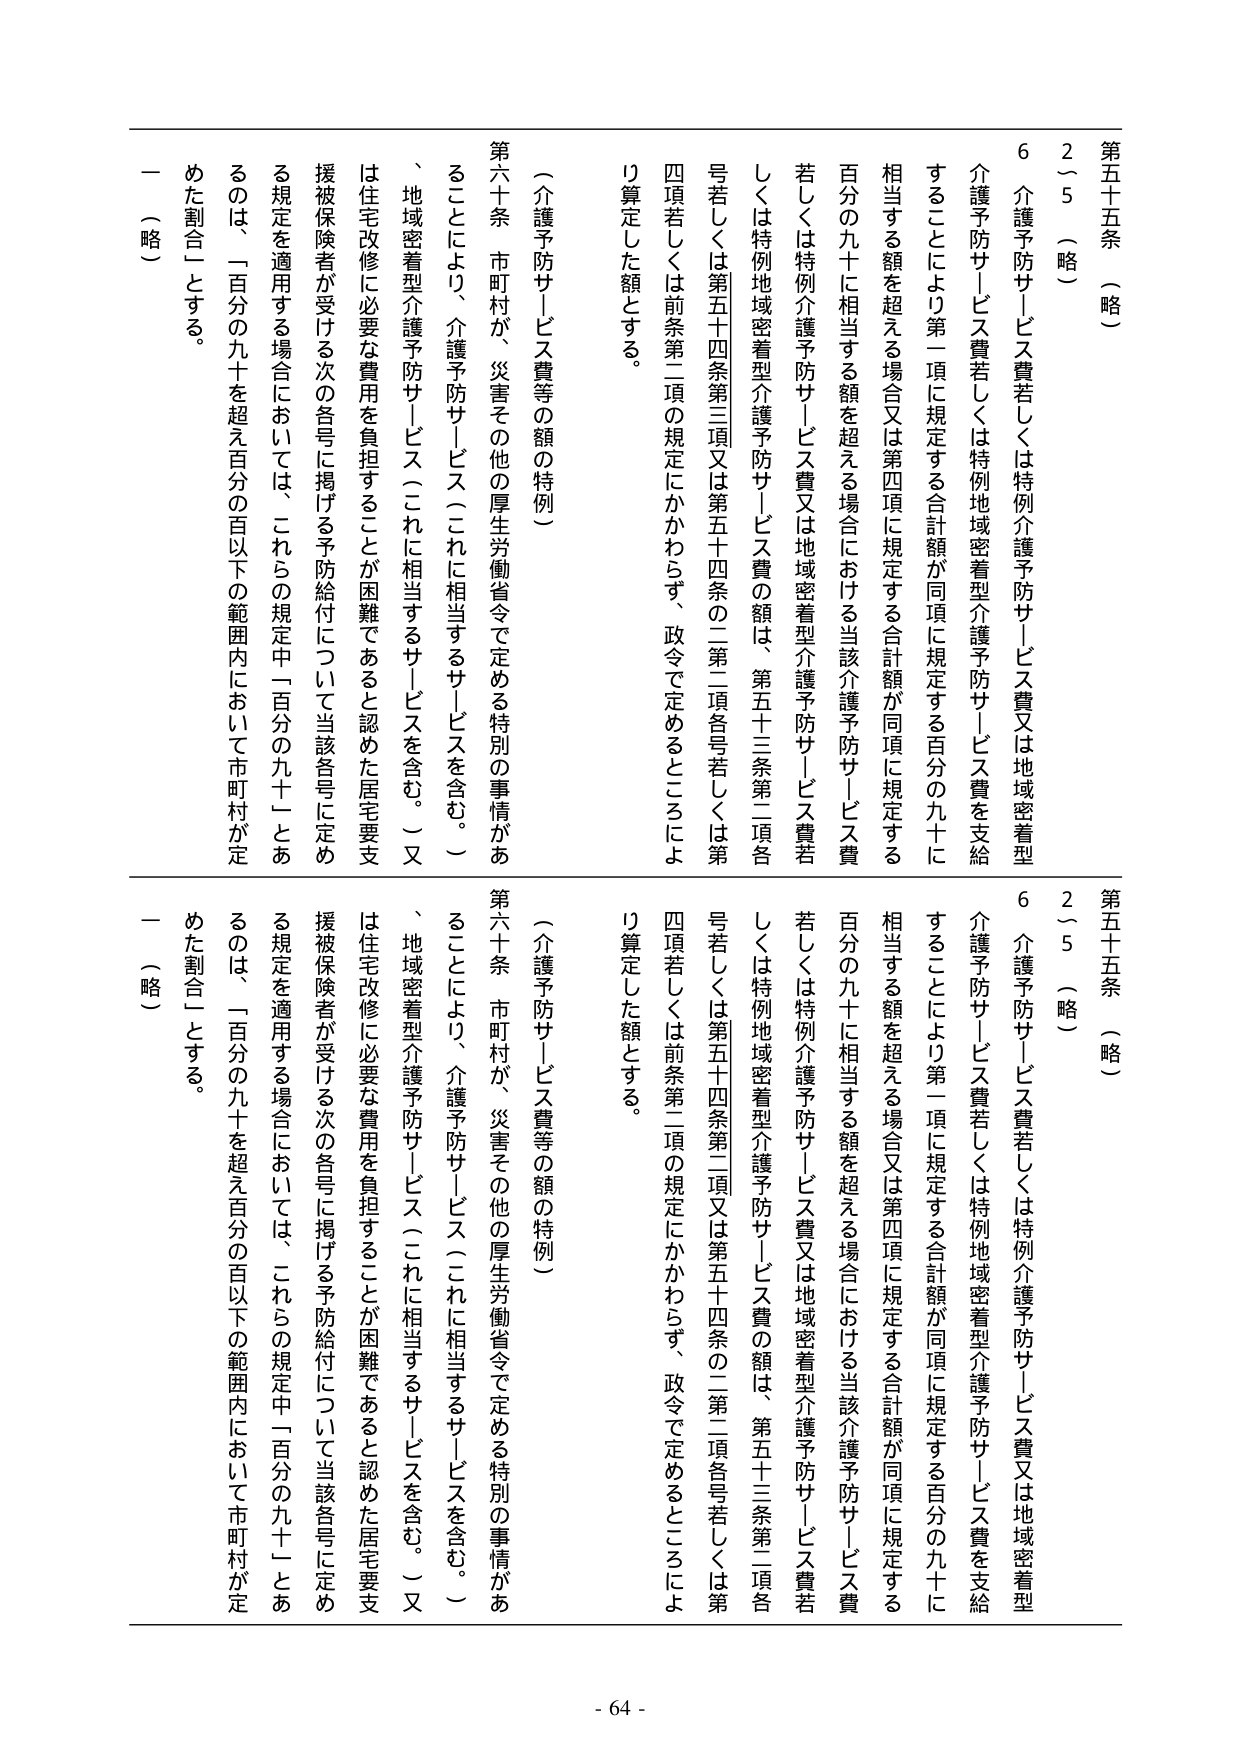
第五十五条 （略）
2～5 （略）
6 介護予防サービス費若しくは特例介護予防サービス費又は地域密着型
介護予防サービス費若しくは特例地域密着型介護予防サービス費を支給
することにより第一項に規定する合計額が同項に規定する百分の九十に
相当する額を超える場合又は第四項に規定する合計額が同項に規定する
百分の九十に相当する額を超える場合における当該介護予防サービス費
若しくは特例介護予防サービス費又は地域密着型介護予防サービス費若
しくは特例地域密着型介護予防サービス費の額は、第五十三条第二項各
号若しくは第五十四条第三項又は第五十四条の二第二項各号若しくは第
四項若しくは前条第二項の規定にかかわらず、政令で定めるところによ
り算定した額とする。

（介護予防サービス費等の額の特例）
第六十条 市町村が、災害その他の厚生労働省令で定める特別の事情があ
ることにより、介護予防サービス（これに相当するサービスを含む。）
、地域密着型介護予防サービス（これに相当するサービスを含む。）又
は住宅改修に必要な費用を負担することが困難であると認めた居宅要支
援被保険者が受ける次の各号に掲げる予防給付について当該各号に定め
る規定を適用する場合においては、これらの規定中「百分の九十」とあ
るのは、「百分の九十を超え百分の百以下の範囲内において市町村が定
めた割合」とする。
一 （略）

第五十五条 （略）
2～5 （略）
6 介護予防サービス費若しくは特例介護予防サービス費又は地域密着型
介護予防サービス費若しくは特例地域密着型介護予防サービス費を支給
することにより第一項に規定する合計額が同項に規定する百分の九十に
相当する額を超える場合又は第四項に規定する合計額が同項に規定する
百分の九十に相当する額を超える場合における当該介護予防サービス費
若しくは特例介護予防サービス費又は地域密着型介護予防サービス費若
しくは特例地域密着型介護予防サービス費の額は、第五十三条第二項各
号若しくは第五十四条第二項又は第五十四条の二第二項各号若しくは第
四項若しくは前条第二項の規定にかかわらず、政令で定めるところによ
り算定した額とする。

（介護予防サービス費等の額の特例）
第六十条 市町村が、災害その他の厚生労働省令で定める特別の事情があ
ることにより、介護予防サービス（これに相当するサービスを含む。）
、地域密着型介護予防サービス（これに相当するサービスを含む。）又
は住宅改修に必要な費用を負担することが困難であると認めた居宅要支
援被保険者が受ける次の各号に掲げる予防給付について当該各号に定め
る規定を適用する場合においては、これらの規定中「百分の九十」とあ
るのは、「百分の九十を超え百分の百以下の範囲内において市町村が定
めた割合」とする。
一 （略）

- 64 -